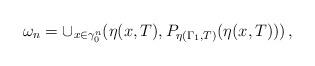
LaTeX: \begin{align*}\omega_n=\cup_{x\in\gamma_0^n}(\eta(x,T),P_{\eta(\Gamma_1,T)}(\eta(x,T)))\,,\end{align*}